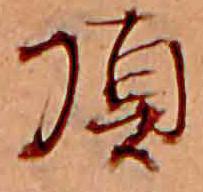
頂